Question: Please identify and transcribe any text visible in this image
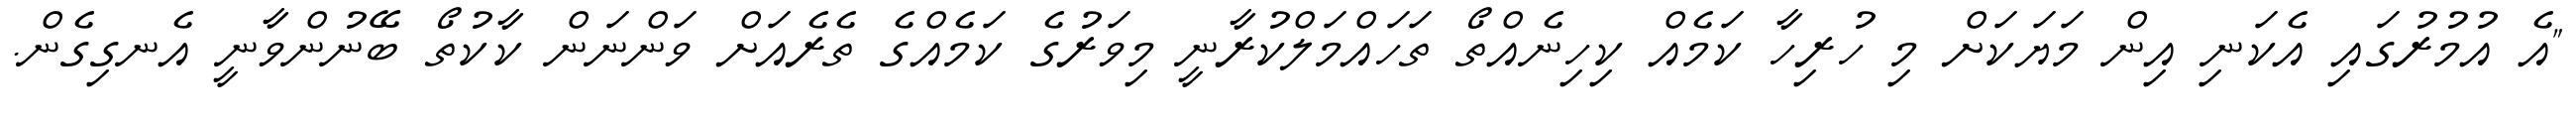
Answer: "އެ އުމުރުގައި އެކަނި އިން މަޔަކަށް މި ހުރިހާ ކަމެއް ކިހިނެއްތޯ ތަހައްމަލްކުރާނީ މިވަރުގެ ކަމެއްގެ ތެރެއަށް ވަންނަން ކާކުތޯ ބޭނުންވާނީ އެނގިގެން.